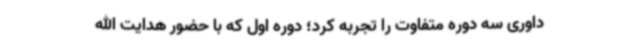
داوری سه دوره متفاوت را تجربه کرد؛ دوره اول که با حضور هدایت الله